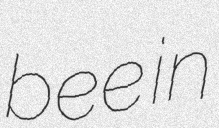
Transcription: bee in